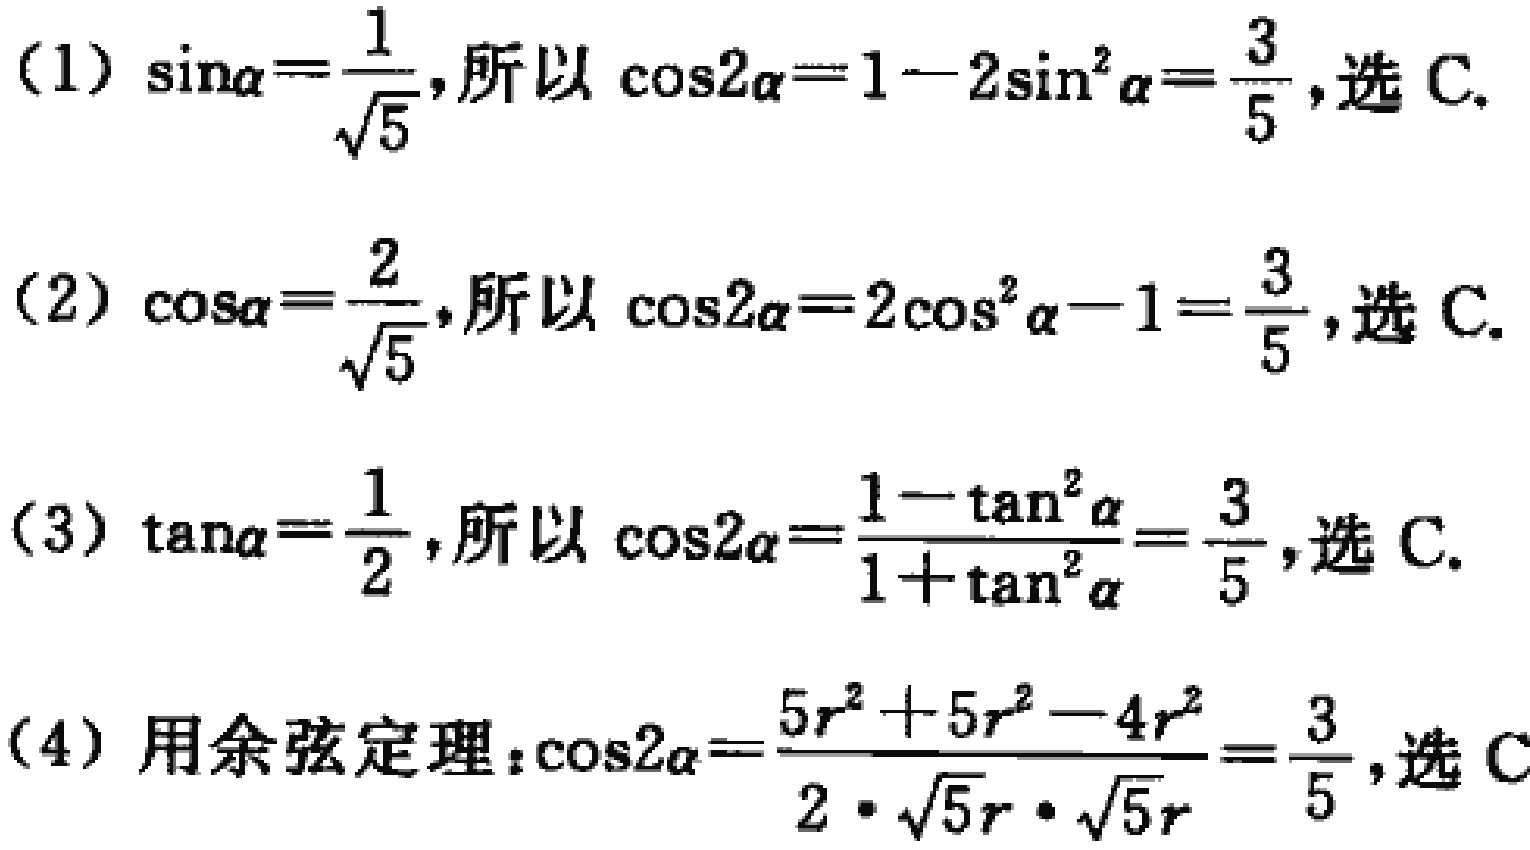
(1) $\sin\alpha=\frac{1}{\sqrt{5}}$,所以 $\cos2\alpha = 1 - 2\sin^{2}\alpha=\frac{3}{5}$,选 C.
(2) $\cos\alpha=\frac{2}{\sqrt{5}}$,所以 $\cos2\alpha = 2\cos^{2}\alpha - 1=\frac{3}{5}$,选 C.
(3) $\tan\alpha=\frac{1}{2}$,所以 $\cos2\alpha=\frac{1 - \tan^{2}\alpha}{1 + \tan^{2}\alpha}=\frac{3}{5}$,选 C.
(4) 用余弦定理：$\cos2\alpha=\frac{5r^{2}+5r^{2}-4r^{2}}{2\cdot\sqrt{5}r\cdot\sqrt{5}r}=\frac{3}{5}$,选 C.